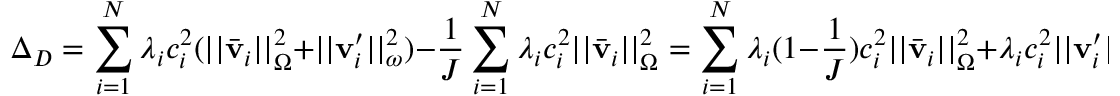
\Delta _ { D } = \sum _ { i = 1 } ^ { N } \lambda _ { i } c _ { i } ^ { 2 } ( | | \bar { \mathbf { v } } _ { i } | | _ { \Omega } ^ { 2 } + | | \mathbf { v } _ { i } ^ { \prime } | | _ { \omega } ^ { 2 } ) - \frac { 1 } { J } \sum _ { i = 1 } ^ { N } \lambda _ { i } c _ { i } ^ { 2 } | | \bar { \mathbf { v } } _ { i } | | _ { \Omega } ^ { 2 } = \sum _ { i = 1 } ^ { N } \lambda _ { i } ( 1 - \frac { 1 } { J } ) c _ { i } ^ { 2 } | | \bar { \mathbf { v } } _ { i } | | _ { \Omega } ^ { 2 } + \lambda _ { i } c _ { i } ^ { 2 } | | \mathbf { v } _ { i } ^ { \prime } | | _ { \omega } ^ { 2 } \leq 0 .